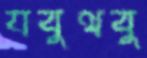
যবুথবু